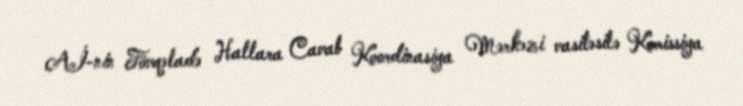
Aİ-nin Fövqəladə Hallara Cavab Koordinasiya Mərkəzi vasitəsilə Komissiya